Leaving Certificate Examination (including Day School Certificate (Higher) General paper), 1929
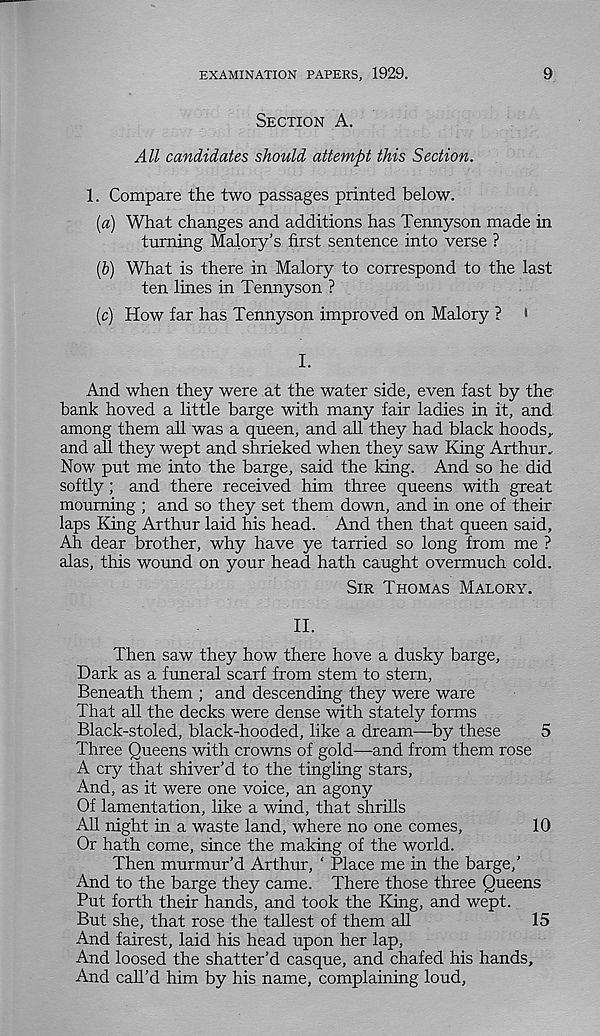
EXAMINATION PAPERS, 1929.
9
SECTION A.
All candidates should attempt this Section.
1. Compare the two passages printed below.
(a) What changes and additions has Tennyson made in
turning Malory’s first sentence into verse ?
(b) What is there in Malory to correspond to the last
ten lines in Tennyson ?
(c) How far has Tennyson improved on Malory ? «
I.
And when they were at the water side, even fast by the
bank hoved a little barge with many fair ladies in it, and
among them all was a queen, and all they had black hoods,,
and all they wept and shrieked when they saw King Arthur.
Now put me into the barge, said the king. And so he did
softly; and there received him three queens with great
mourning ; and so they set them down, and in one of their
laps King Arthur laid his head. And then that queen said.
Ah dear brother, why have ye tarried so long from me ?
alas, this wound on your head hath caught overmuch cold.
SIR THOMAS MALORY.
II.
Then saw they how there hove a dusky barge.
Dark as a funeral scarf from stem to stern,
Beneath them ; and descending they were ware
That all the decks were dense with stately forms
Black-stoled, black-hooded, like a dream—by these
5
Three Queens with crowns of gold—and from them rose
A cry that shiver’d to the tingling stars,
And, as it were one voice, an agony
Of lamentation, like a wind, that shrills
All night in a waste land, where no one comes,
10
Or hath come, since the making of the world.
Then murmur’d Arthur, ‘ Place me in the barge,’
And to the barge they came. There those three Queens
Put forth their hands, and took the King, and wept.
But she, that rose the tallest of them all
15
And fairest, laid his head upon her lap,
And loosed the shatter’d casque, and chafed his hands.
And call’d him by his name, complaining loud,